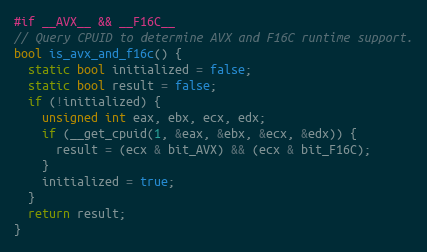
Language: C++
#if __AVX__ && __F16C__
// Query CPUID to determine AVX and F16C runtime support.
bool is_avx_and_f16c() {
  static bool initialized = false;
  static bool result = false;
  if (!initialized) {
    unsigned int eax, ebx, ecx, edx;
    if (__get_cpuid(1, &eax, &ebx, &ecx, &edx)) {
      result = (ecx & bit_AVX) && (ecx & bit_F16C);
    }
    initialized = true;
  }
  return result;
}